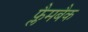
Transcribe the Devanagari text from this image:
फ्लैमबैक